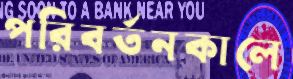
পরিবর্তনকালে